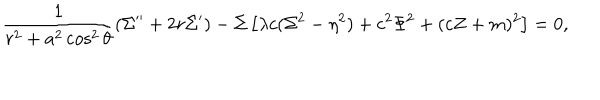
\frac 1 { r ^ { 2 } + a ^ { 2 } \cos ^ { 2 } \theta } ( \Sigma ^ { \prime \prime } + 2 r \Sigma ^ { \prime } ) - \Sigma \left[ \lambda c ( \Sigma ^ { 2 } - \eta ^ { 2 } ) + c ^ { 2 } \Phi ^ { 2 } + ( c Z + m ) ^ { 2 } \right] = 0 ,